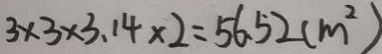
3 \times 3 \times 3 . 1 4 \times 2 = 5 6 . 5 2 ( m ^ { 2 } )